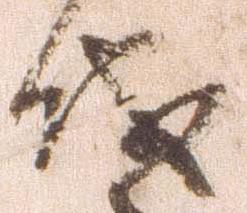
儀